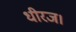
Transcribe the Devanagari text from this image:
धीरज।